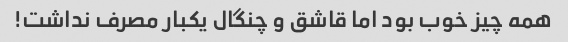
همه چیز خوب بود اما قاشق و چنگال یکبار مصرف نداشت!